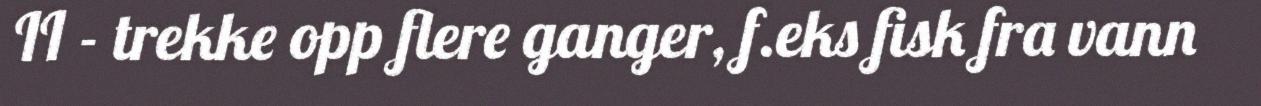
II - trekke opp flere ganger, f.eks fisk fra vann